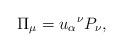
LaTeX: \begin{align*}\Pi _{\mu }=u_{\alpha }\hspace{0.1 mm}^{\nu }P_{\nu }, \end{align*}